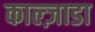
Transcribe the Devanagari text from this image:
काल्ज़ाडा